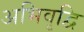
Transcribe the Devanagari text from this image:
अभिवृद्वि